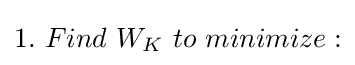
\textstyle 1.\ Find\ W_{K}\ to\ minimize: